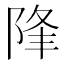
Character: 䧏